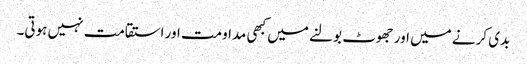
بدی کرنے میں اور جھوٹ بولنے میں کبھی مداومت اور استقامت نہیں ہوتی۔